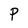
Character: P